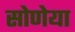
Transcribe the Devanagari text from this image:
सोणेया